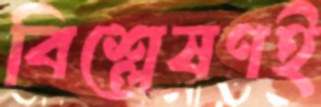
বিশ্লেষণই